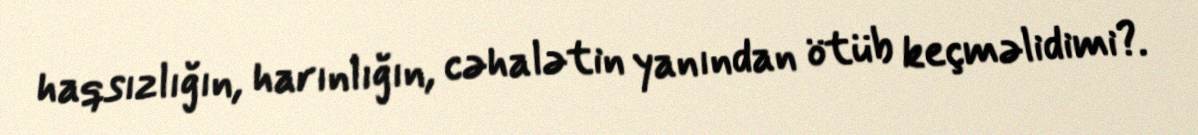
haqsızlığın, harınlığın, cəhalətin yanından ötüb keçməlidimi?.